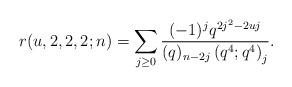
LaTeX: \begin{align*}r(u,2,2,2;n) = \sum_{j \geq 0} \frac{(-1)^j q^{2j^2-2uj}}{(q)_{n-2j}\left(q^4;q^4\right)_j}.\end{align*}